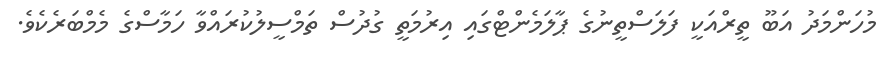
މުހަންމަދު އަބޫ ތީރްއަކީ ފަލަސްތީނުގެ ޕާލަމެންޓްގައި އިރުމަތީ ގުދުސް ތަމްސީލުކުރައްވާ ހަމާސްގެ މެމްބަރެކެވެ.